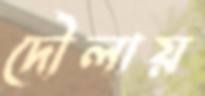
দৌলায়